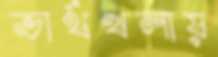
ভার্থখলায়